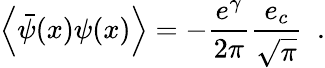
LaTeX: \left<\bar{\psi}(x)\psi(x)\right>=-\frac{e^{\gamma}}{2\pi}\frac{e_{c}}{\sqrt{\pi}}~~.